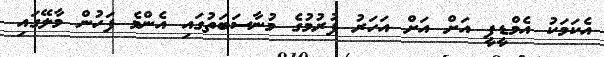
އެކަމަކު އެމްޑީޕީ އަށް އަށް އަހަރު ފުރުމުގެ މުނާސަބަތުގައި އެންމެ ފަހުން މާލޭގައި